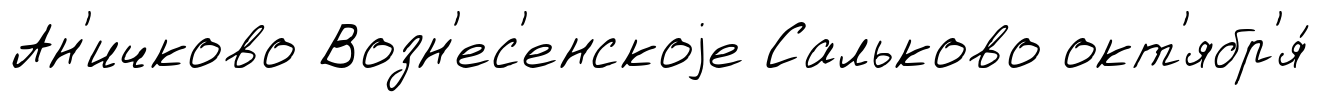
Ан'ичково Возн'ес'енскоjе Сальково окт'ябр'я́